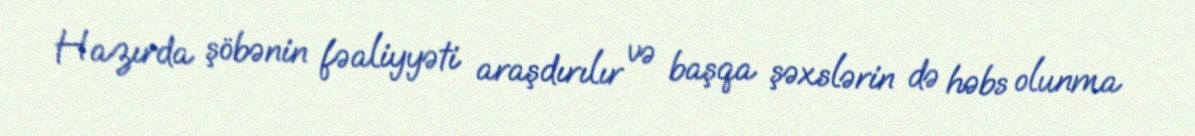
Hazırda şöbənin fəaliyyəti araşdırılır və başqa şəxslərin də həbs olunma